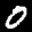
Label: 0